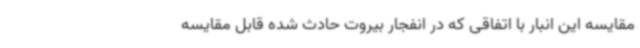
مقایسه این انبار با اتفاقی که در انفجار بیروت حادث شده قابل مقایسه